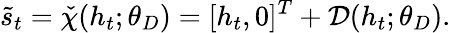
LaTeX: \tilde{s}_{t}=\check{\chi}(h_{t};\theta_{D})=[h_{t},0]^{T}+\mathcal{D}(h_{t};\theta_{D}).